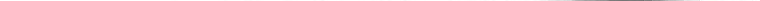
___